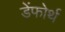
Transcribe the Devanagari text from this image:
डेंफोर्थ